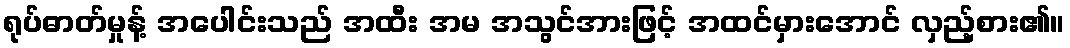
ရုပ်ဓာတ်မှုန့် အပေါင်းသည် အထီး အမ အသွင်အားဖြင့် အထင်မှားအောင် လှည့်စား၏။